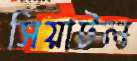
সিয়াটল